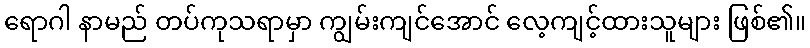
ရောဂါ နာမည် တပ်ကုသရာမှာ ကျွမ်းကျင်အောင် လေ့ကျင့်ထားသူများ ဖြစ်၏။